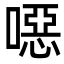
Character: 噁